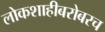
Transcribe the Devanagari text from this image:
लोकशाहीबरोबरच